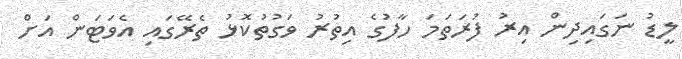
ލީޑު ނަގައިދިން އިރު ފުރަތަމަ ހާފުގެ އިތުރު ވަގުތުކޮޅު ތެރޭގައި އެވަޓަން އަށް